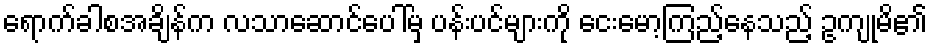
ရောက်ခါစအချိန်က လသာဆောင်ပေါ်မှ ပန်းပင်များကို ငေးမော့ကြည့်နေသည့် ဥကျုမိ၏